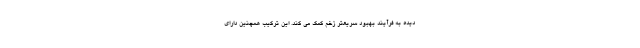
دیده به فرآیند بهبود سریعتر زخم کمک می کند. این ترکیب همچنین دارای